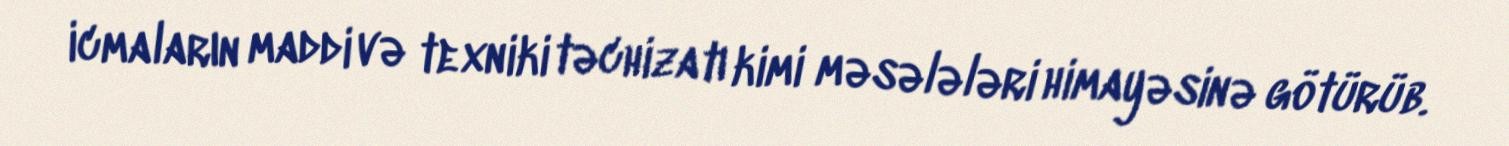
icmaların maddi və texniki təchizatı kimi məsələləri himayəsinə götürüb.